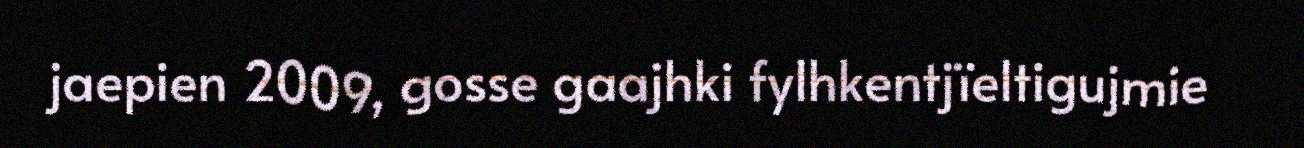
jaepien 2009, gosse gaajhki fylhkentjïeltigujmie